Report on sanitation, dispensaries, and jails in Rajputana for 1911, and on vaccination for the year 1911-1912 - 1911-1912
Year: 1911
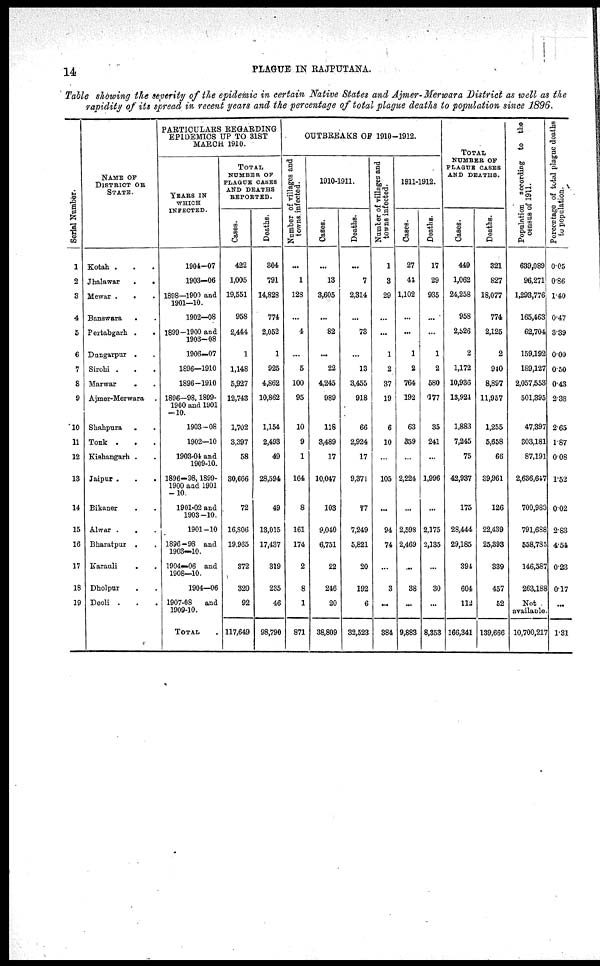
14
PLAGUE IN RAJPUTANA.
Table showing the severity of the epidemic in certain Native States and Ajmer-Merwara District as well as the
rapidity of its spread in recent years and the percentage of total plague deaths to population since 1896.
Serial Number.
1
2
3
4
5
6
7
8
9
10
11
12
13
14
15
16
17
18
19
NAME OF
DISTRICT OR
STATE.
Kotah . . .
Jhalawar
.
.
Mewar . .
Banswara . .
Pertabgarh . .
Dungarpur . .
Sirohi . . .
Marwar . . .
Ajmer-Merwara .
Shahpura . .
Tonk . .
Kishangarh . .
Jaipur
.
.
.
Bikaner . .
Alwar . . .
Bharatpur . .
Karauli . .
Dholpur . .
Deoli . . .
PARTICULARS REGARDING
EPIDEMICS UP TO 31ST
MARCH 1910.
YEARS IN
WHICH
INFECTED.
1904—07
1903—06
1898—1900 and
1901—10.
1902—08
1899—1900 and
1903—08
1906—07
1896—1910
1896—1910
1896—98,1899-
1900 and 1901
—10.
1903—08
1902—10
1903-04 and
1909-10.
1896—98, 1899-
1900 and 1901
—10.
1901-02 and
1903—10.
1901—10
1896—98 and
1903—10.
1904—06 and
1908—10.
1904—06
1907-08
and
1909-10.
TOTAL .
TOTAL
NUMBER OF
PLAGUE CASES
AND DEATHS
REPORTED.
Cases.
422
1,005
19,551
958
2,444
1
1,148
5,927
12,743
1,702
3,397
58
30,666
72
16,806
19,965
372
320
92
117,649
Deaths.
304
791
14,828
774
2,052
1
925
4,862
10,862
1,154
2,493
49
28,594
49
13,015
17,437
319
235
46
98,790
OUTBREAKS OF 1910-1912.
Number of villages and
towns infected.
...
1
128
...
4
...
5
100
95
10
9
1
164
8
161
174
2
8
1
871
1910-1911.
Cases.
...
13
3,605
...
82
...
22
4,245
989
118
3,489
17
10,047
103
9,040
6,751
22
246
20
38,809
Deaths.
...
7
2,314
...
73
...
13
3,455
918
66
2,924
17
9,371
77
7,249
5,821
20
192
6
32,523
Number of villages and
towns infected.
1
3
29
...
...
1
2
37
19
6
10
...
105
...
94
74
...
3
...
384
1911-1912.
Cases.
27
44
1,102
...
...
1
2
764
192
63
359
...
2,224
...
2,598
2,469
...
38
...
9,883
Deaths.
17
29
935
...
...
1
2
580
177
35
241
...
1,996
...
2,175
2,135
...
30
...
8,353
TOTAL
NUMBER OF
PLAGUE CASES
AND DEATHS.
Cases.
449
1,062
24,258
958
2,526
2
1,172
10,936
13,924
1,883
7,245
75
42,937
175
28,444
29,185
394
604
112
166,341
Deaths.
321
827
18,077
774
2,125
2
940
8,897
11,957
1,255
5,658
66
39,961
126
22,439
25,393
339
457
52
139,666
Population according to the
census of 1911.
639,089
96,271
1,293,776
165,463
62,704
159,192
189,127
2,057,553
501,395
47,397
303,181
87,191
2,636,647
700,983
791,688
558,785
146,587
263,188
Not
available
10,700,217
Percentage of total plague deaths
to population.
0.05
0.86
1.40
0.47
3.39
0.00
0.50
0.43
2.38
2.65
1.87
0.08
1.52
0.02
2.83
4.54
0.23
0.17
...
1.31